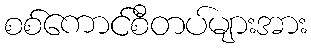
စစ်ကောင်စီတပ်များအား